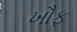
ખૌફ